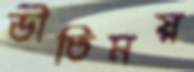
ভীতিময়